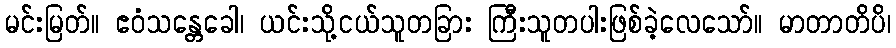
မင်းမြတ်။ ဧဝံသန္တေခေါ၊ ယင်းသို့ငယ်သူတခြား ကြီးသူတပါးဖြစ်ခဲ့လေသော်။ မာတာတိပိ၊